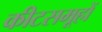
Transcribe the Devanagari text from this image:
कीटसमूहों